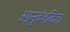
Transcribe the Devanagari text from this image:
आनुवंशकिता